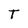
Character: T